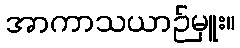
အာကာသယာဉ်မှူး။